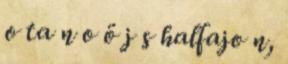
o ta n o ö j s halfajo n,